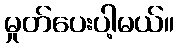
မှုတ်ပေးပါ့မယ်။